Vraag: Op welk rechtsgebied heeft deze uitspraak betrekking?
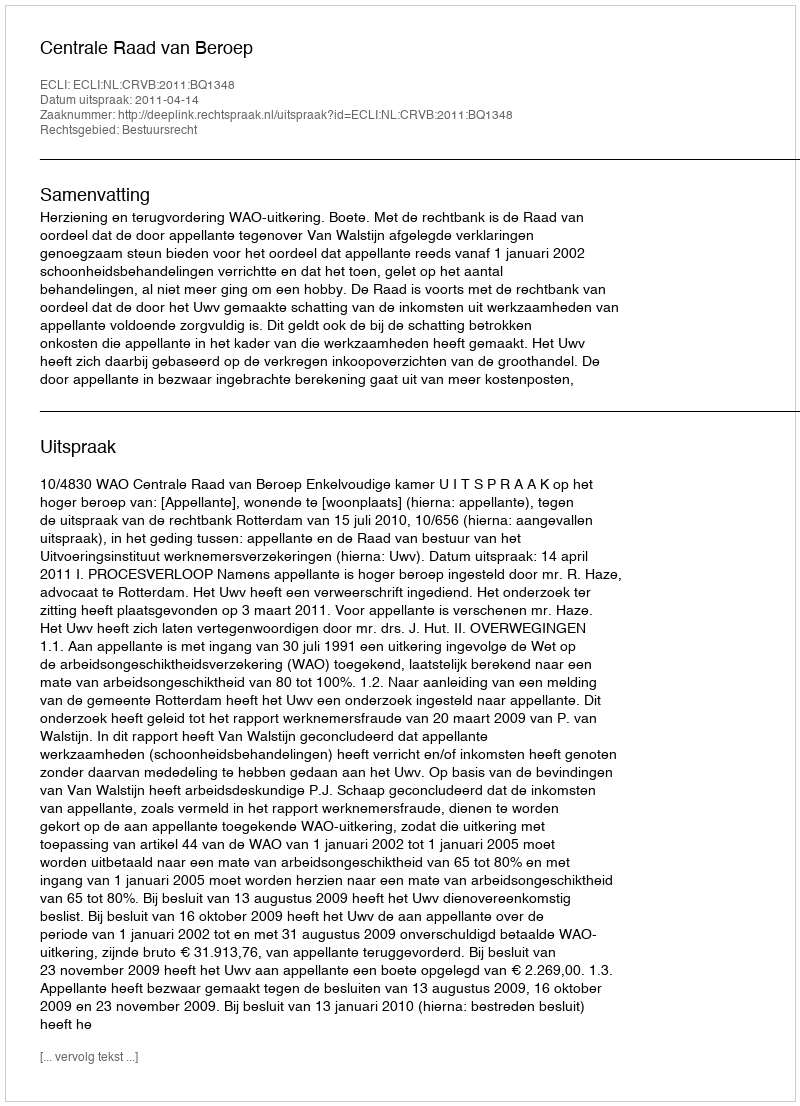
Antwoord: Bestuursrecht